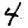
Digit: 4